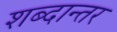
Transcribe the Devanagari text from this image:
शब्दान्तर